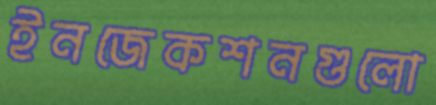
ইনজেকশনগুলো